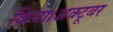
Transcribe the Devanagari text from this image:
किया।अक्टूबर